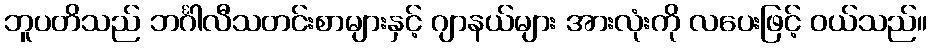
ဘူပတိသည် ဘင်္ဂါလီသတင်းစာများနှင့် ဂျာနယ်များ အားလုံးကို လပေးဖြင့် ဝယ်သည်။